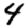
Digit: 4